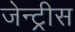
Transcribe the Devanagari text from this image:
जेन्ट्रीस